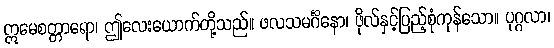
ဣမေစတ္တာရော၊ ဤလေးယောက်တို့သည်။ ဖလသမင်္ဂိနော၊ ဖိုလ်နှင့်ပြည့်စုံကုန်သော။ ပုဂ္ဂလာ၊